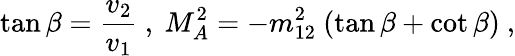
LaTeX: \tan\beta=\frac{v_{2}}{v_{1}}\ ,\ M_{A}^{2}=-m_{12}^{2}\ (\tan\beta+\cot\beta)\ ,